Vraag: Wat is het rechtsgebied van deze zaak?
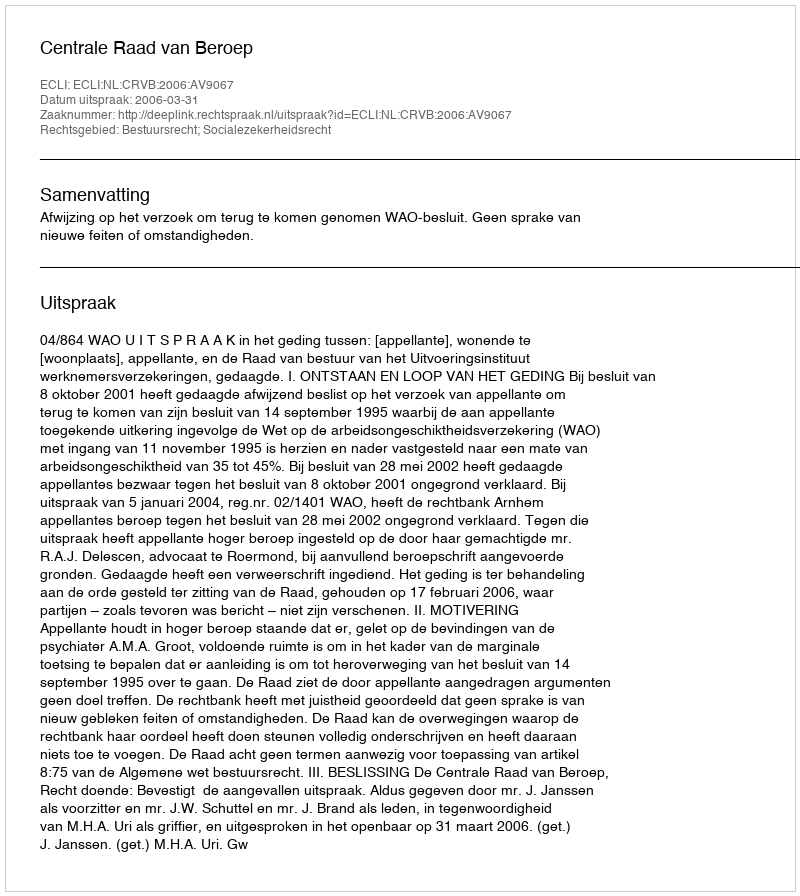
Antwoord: Bestuursrecht; Socialezekerheidsrecht